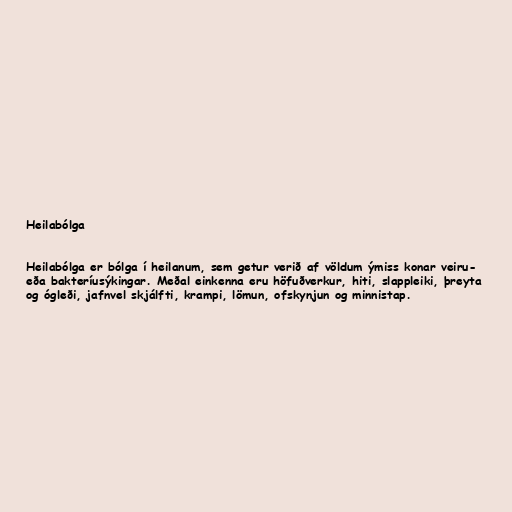
Heilabólga

Heilabólga er bólga í heilanum, sem getur verið af völdum ýmiss konar veiru-
eða bakteríusýkingar. Meðal einkenna eru höfuðverkur, hiti, slappleiki, þreyta
og ógleði, jafnvel skjálfti, krampi, lömun, ofskynjun og minnistap.